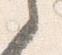
之